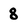
Character: 8